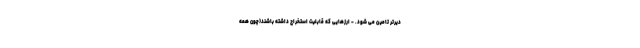
دیرتر تامین می شود. - ارزهایی که قابلیت استخراج داشته باشند(چون همه